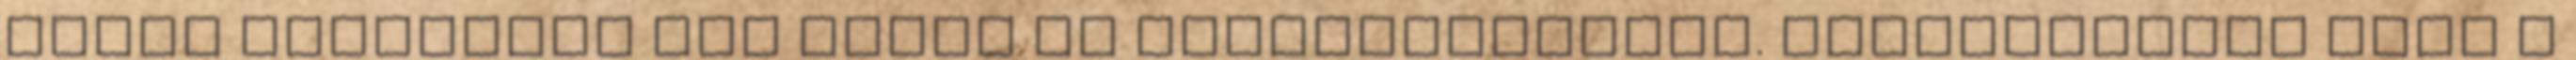
egyes esetekben más módon is felhasználható. Részletekért lásd a